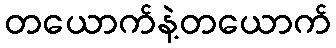
တယောက်နဲ့တယောက်